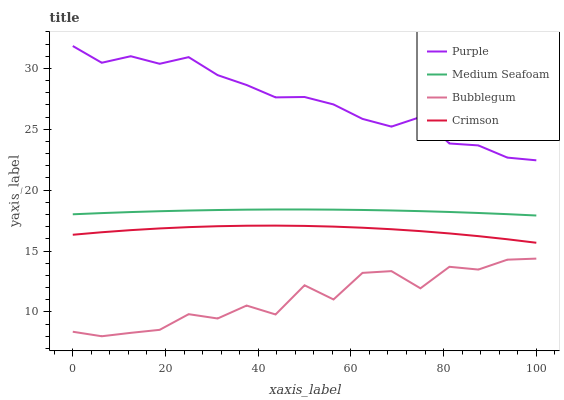
| xaxis_label | Purple | Medium Seafoam | Bubblegum | Crimson |
 | --- | --- | --- | --- | --- |
 | 0 | 31.8 | 18 | 8.37 | 16.3 |
 | 6.25 | 30.5 | 18.1 | 8 | 16.5 |
 | 12.5 | 31 | 18.2 | 8.28 | 16.7 |
 | 18.8 | 30.4 | 18.3 | 8.53 | 16.9 |
 | 25 | 30.9 | 18.3 | 9.81 | 17 |
 | 31.2 | 29.4 | 18.4 | 9.46 | 17 |
 | 37.5 | 28.6 | 18.4 | 10.5 | 17.1 |
 | 43.8 | 27.6 | 18.4 | 9.79 | 17.1 |
 | 50 | 27.7 | 18.4 | 12.2 | 17.1 |
 | 56.2 | 27 | 18.4 | 11 | 17 |
 | 62.5 | 25.9 | 18.4 | 13.2 | 16.9 |
 | 68.8 | 25.2 | 18.3 | 13.3 | 16.8 |
 | 75 | 26 | 18.3 | 11.9 | 16.6 |
 | 81.2 | 23.8 | 18.2 | 13.7 | 16.4 |
 | 87.5 | 23.7 | 18.1 | 13.5 | 16.2 |
 | 93.8 | 22.7 | 18 | 14.3 | 16 |
 | 100 | 22.5 | 17.9 | 14.4 | 15.7 |